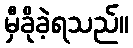
မှီခိုခဲ့ရသည်။